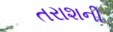
તરાશની